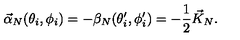
\vec { \alpha } _ { N } ( \theta _ { i } , \phi _ { i } ) = - \beta _ { N } ( \theta _ { i } ^ { \prime } , \phi _ { i } ^ { \prime } ) = - { \frac { 1 } { 2 } } \vec { K } _ { N } .